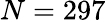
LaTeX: N=297